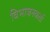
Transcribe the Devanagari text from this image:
विभाजनकर्ता